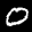
Label: 0